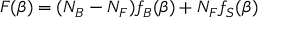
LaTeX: F ( \beta ) = ( N _ { B } - N _ { F } ) f _ { B } ( \beta ) + N _ { F } f _ { S } ( \beta )